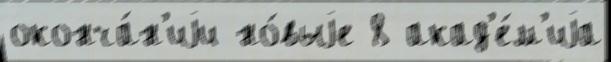
оконча́н'иjи но́выjе 8 акад'е́м'иjа